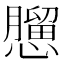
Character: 𢣠